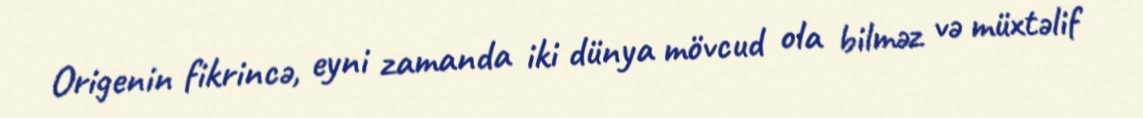
Origenin fikrincə, eyni zamanda iki dünya mövcud ola bilməz və müxtəlif